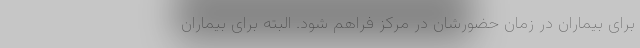
برای بیماران در زمان حضورشان در مرکز فراهم شود. البته برای بیماران